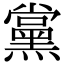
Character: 黨